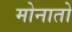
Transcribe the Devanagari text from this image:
मोनातो